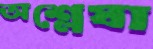
অশ্লেষা